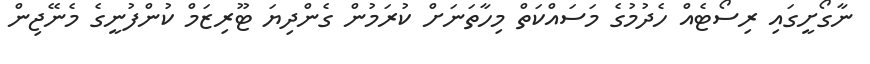
ނާގޯށީގައި ރިސޯޓެއް ހެދުމުގެ މަސައްކަތް މިހާތަނަށް ކުރަމުން ގެންދިޔަ ޓޫރިޒަމް ކުންފުނީގެ މެނޭޖިން